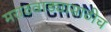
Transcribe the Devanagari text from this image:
मराठवाड्यासाठीच